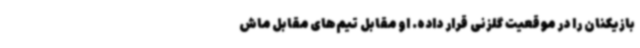
بازیکنان را در موقعیت گلزنی قرار داده. او مقابل تیم‌های مقابل ماش